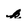
Character: k